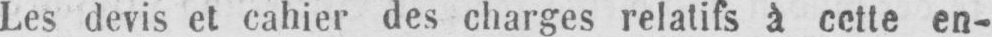
Les devis et cahier des charges relatifs à cette en-